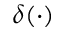
\delta ( \cdot )